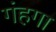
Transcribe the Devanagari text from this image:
गंहगा